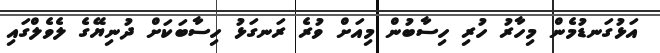
އަޅުގަނޑުމެން މިހާރު ހުރި ހިސާބުން މިއަށް ވުރެ ރަނގަޅު ހިސާބަކަށް ދުނިޔޭގެ ލެވެލްގައި